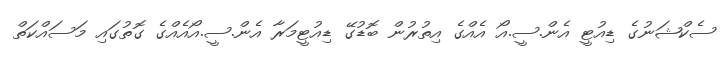
ސެކްޝަނުގެ ޑިއުޓީ އެން.ސީ.އޯ އެއްގެ އިތުރުން ބޮޑުގޭ ޑިއުޓީމަރާ އެން.ސީ.އޯއެއްގެ ގޮތުގައި މަސައްކަތް